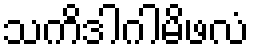
သကိဒါဂါမိဖလံ